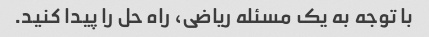
با توجه به یک مسئله ریاضی، راه حل را پیدا کنید.